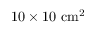
\mathrm { 1 0 \times 1 0 ~ c m ^ { 2 } }